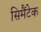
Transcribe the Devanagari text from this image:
सिमैंटेक